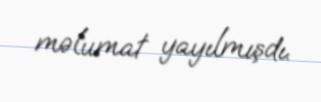
məlumat yayılmışdı.